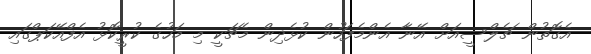
އެގޮތުން ޗެލްސީއަށް އޭނާ އެންމެފަހުން ކުޅެދިން މެޗަކީ މި މަހުގެ ކުރީކޮޅު އެފްއޭކަޕްގައި